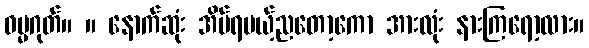
ဓမ္မဂုတ်။ ။ နောက်ဆုံး အိပ်ရမယ့်ညတော့ကော အားလုံး နားကြရော့လား။